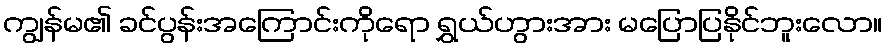
ကျွန်မ၏ ခင်ပွန်းအကြောင်းကိုရော ရွှယ်ဟွားအား မပြောပြနိုင်ဘူးလော။